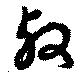
叔